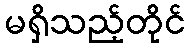
မရှိသည့်တိုင်